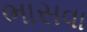
ભાસવા